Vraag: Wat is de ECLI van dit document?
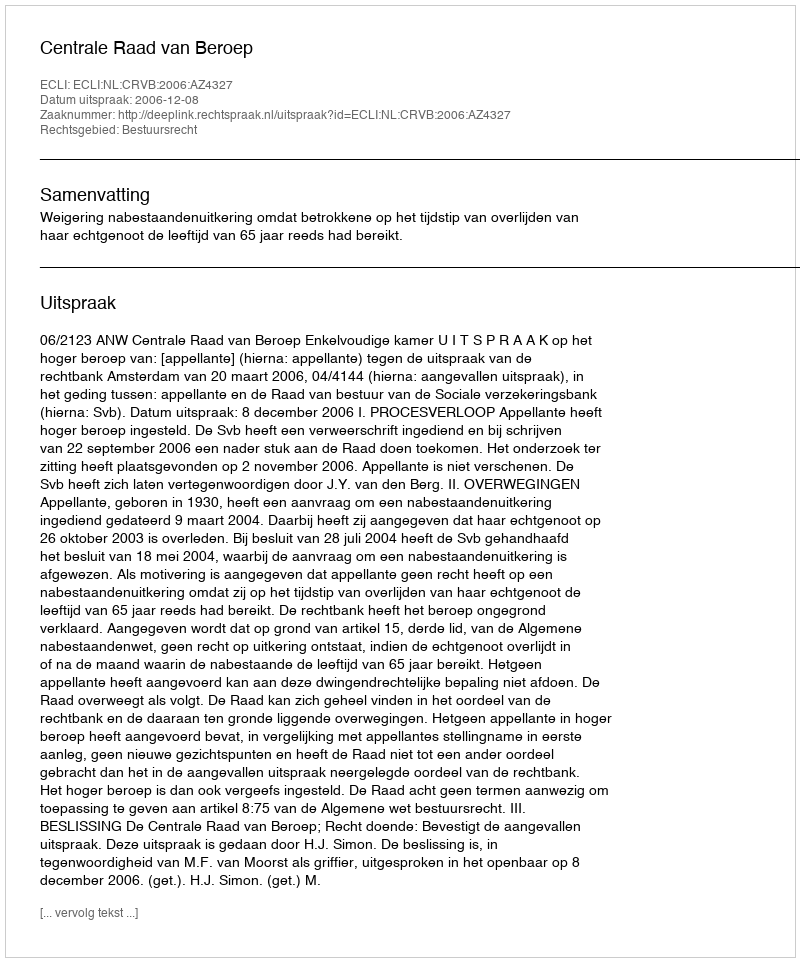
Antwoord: ECLI:NL:CRVB:2006:AZ4327